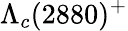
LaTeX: \Lambda_{c}(2880)^{+}